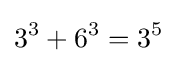
3^{3}+6^{3}=3^{5}